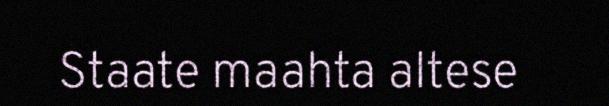
Staate maahta altese